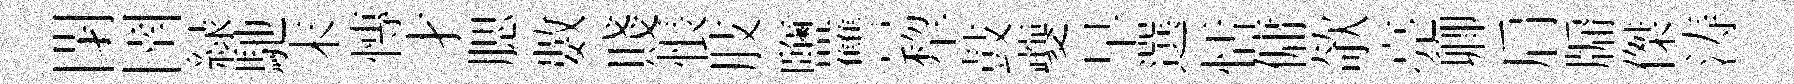
閉圉緑馳末慱才腮數賤悵肢鹽讐犂鼓夔早選恬傭欹亮卿肩牖傑涛